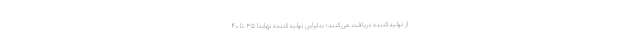
از تولیدکننده دریافت می‌کنند؛ بنابراین تولیدکننده نهایتا ۳۵ تا ۴۰